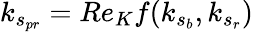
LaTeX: k_{s_{pr}}=Re_{K}f(k_{s_{b}},k_{s_{r}})